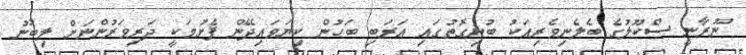
ނޫރާނީ ސްކޫލުގެ ބެލެނިވެރިއަކު ބުނިގޮތުގައި އަރަބި ބަހުން ކިޔަވައިދޭން ފެށުމަކީ ދަރިވަރުންނަށް ލިބުނު